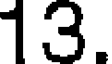
13.